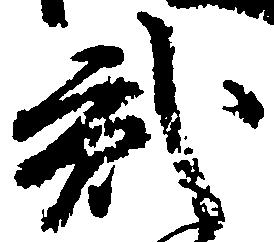
弐